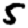
Digit: 5